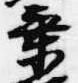
乗